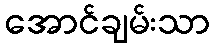
အောင်ချမ်းသာ